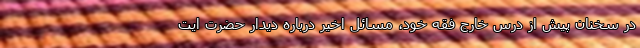
در سخنان پیش از درس خارج فقه خود، مسائل اخیر درباره دیدار حضرت ایت